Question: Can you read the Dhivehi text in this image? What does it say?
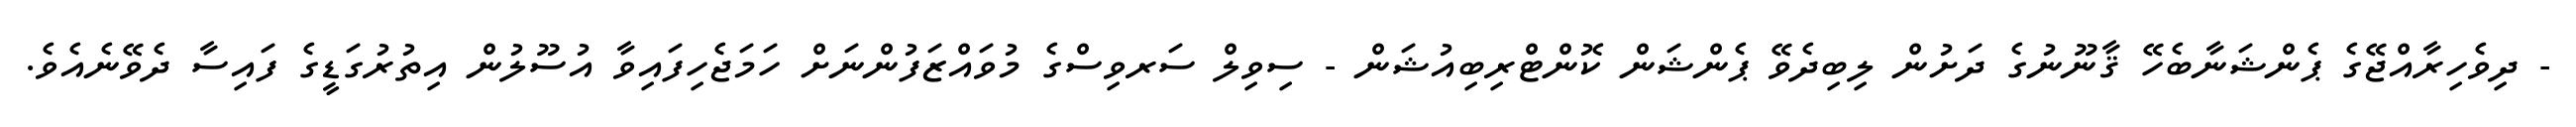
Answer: - ދިވެހިރާއްޖޭގެ ޕެންޝަނާބެހޭ ޤާނޫނުގެ ދަށުން ލިބިދެވޭ ޕެންޝަން ކޮންޓްރިބިއުޝަން - ސިވިލް ސަރވިސްގެ މުވައްޒަފުންނަށް ހަމަޖެހިފައިވާ އުސޫލުން އިތުރުގަޑީގެ ފައިސާ ދެވޭނެއެވެ.